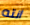
انته